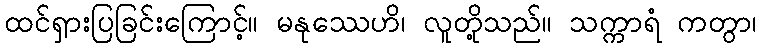
ထင်ရှားပြခြင်းကြောင့်။ မနုဿေဟိ၊ လူတို့သည်။ သက္ကာရံ ကတွာ၊